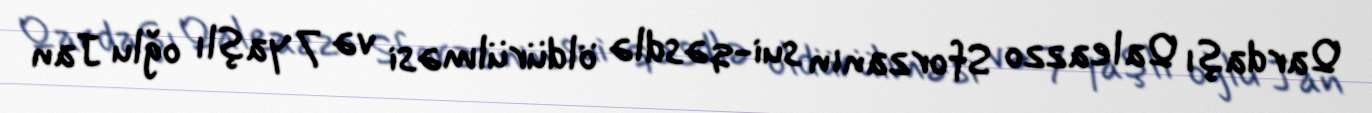
Qardaşı Qaleazzo Sforzanın sui-qəsdlə öldürülməsi və 7 yaşlı oğlu Jan